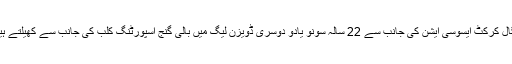
بنگال کرکٹ ایسوسی ایشن کی جانب سے 22 سالہ سونو یادو دوسری ڈویزن لیگ میں بالی گنج اسپورٹنگ کلب کی جانب سے کھیلتے ہیں ۔